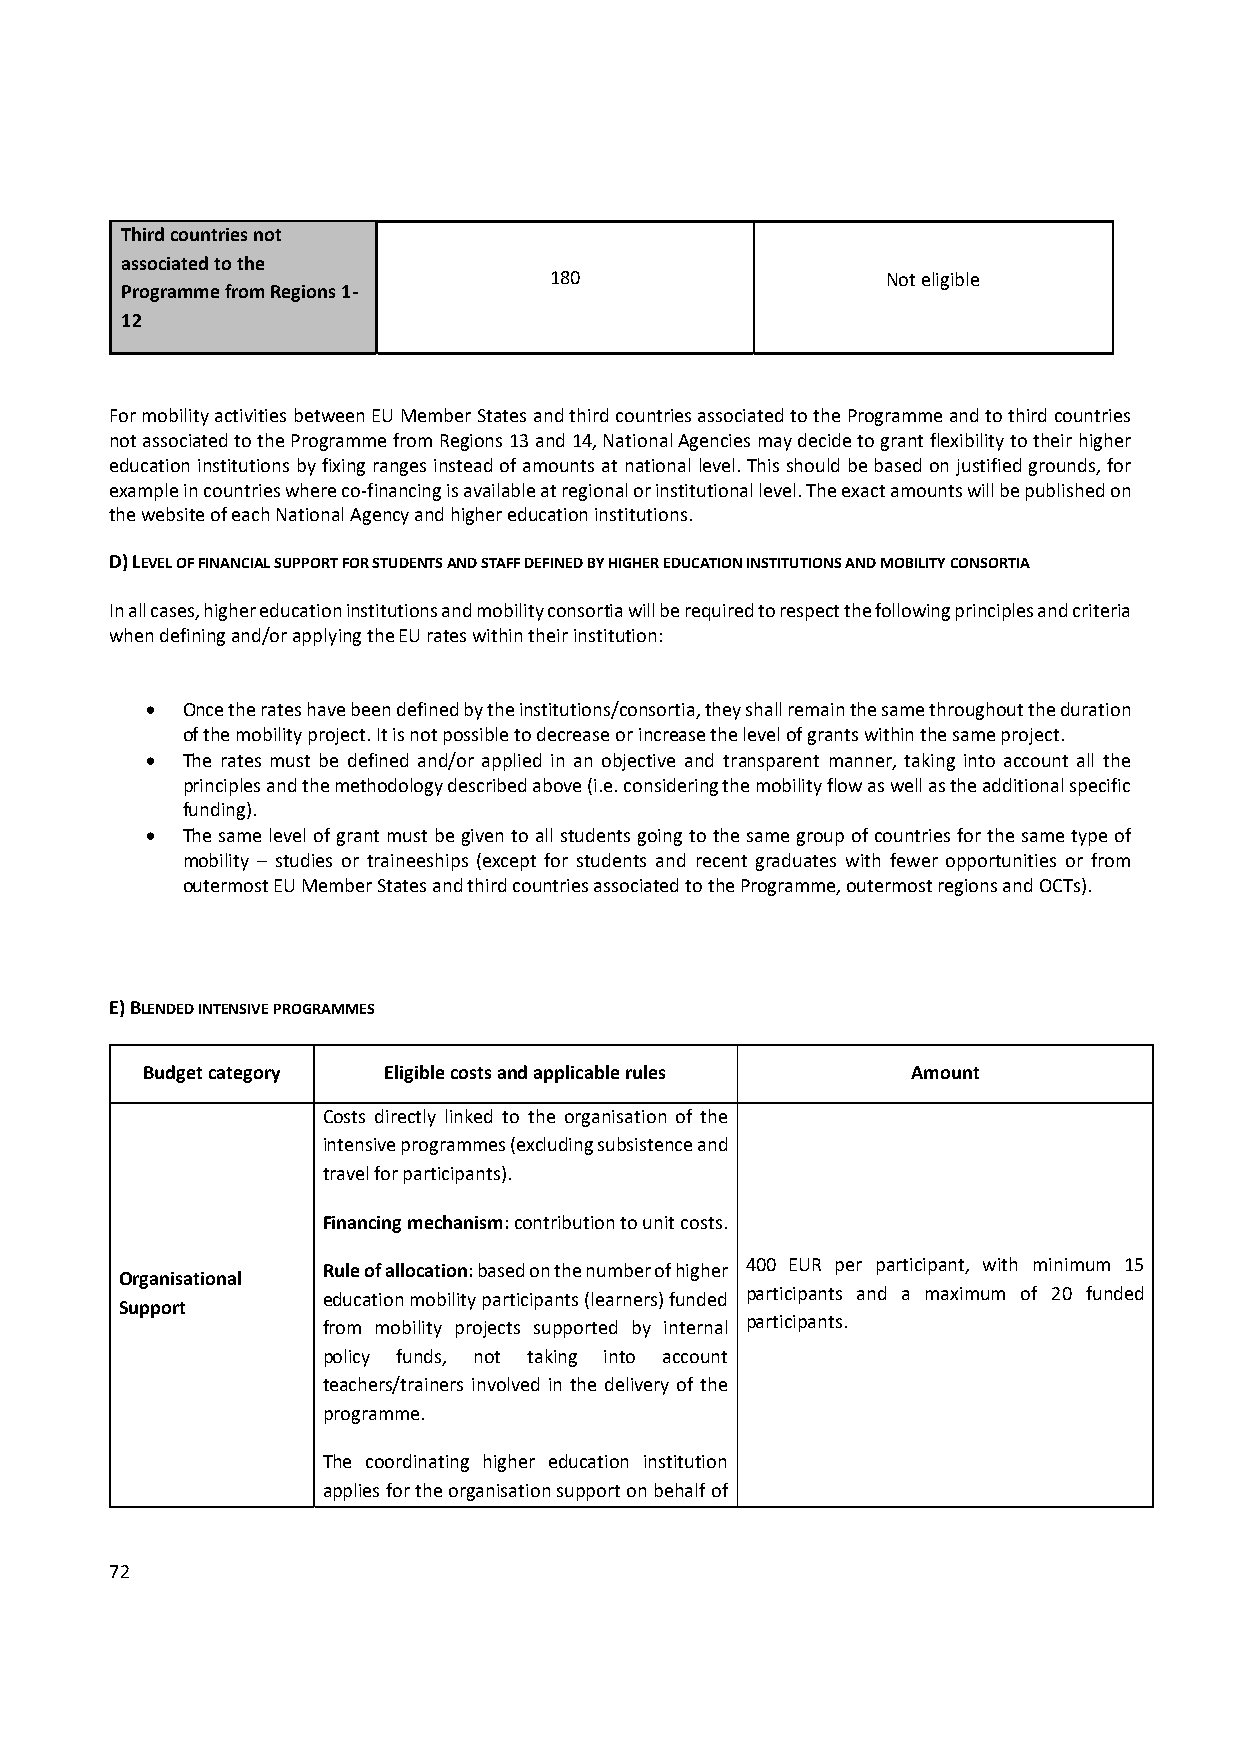
Third countries not
 associated to the
 180                    Not eligible
 Programme from Regions 1‐
 12
 For mobility activities between EU Member States and third countries associated to the Programme and to third countries
 not associated to the Programme from Regions 13 and 14, National Agencies may decide to grant flexibility to their higher
 education institutions by fixing ranges instead of amounts at national level. This should be based on justified grounds, for
 example in countries where co‐financing is available at regional or institutional level. The exact amounts will be published on
 the website of each National Agency and higher education institutions.
 D) LEVEL OF FINANCIAL SUPPORT FOR STUDENTS AND STAFF DEFINED BY HIGHER EDUCATION INSTITUTIONS AND MOBILITY CONSORTIA
 In all cases, higher education institutions and mobility consortia will be required to respect the following principles and criteria
 when defining and/or applying the EU rates within their institution:
  Once the rates have been defined by the institutions/consortia, they shall remain the same throughout the duration
 of the mobility project. It is not possible to decrease or increase the level of grants within the same project.
  The rates must be defined and/or applied in an objective and transparent manner, taking into account all the
 principles and the methodology described above (i.e. considering the mobility flow as well as the additional specific
 funding).
  The same level of grant must be given to all students going to the same group of countries for the same type of
 mobility – studies or traineeships (except for students and recent graduates with fewer opportunities or from
 outermost EU Member States and third countries associated to the Programme, outermost regions and OCTs).
 E) BLENDED INTENSIVE PROGRAMMES
 Budget category Eligible costs and applicable rules Amount
 Costs directly linked to the organisation of the
 intensive programmes (excluding subsistence and
 travel for participants).
 Financing mechanism: contribution to unit costs.
 Rule of allocation: based on the number of higher 400 EUR per participant, with minimum 15
 Organisational
 education mobility participants (learners) funded participants and a maximum of 20 funded
 Support
 from mobility projects supported by internal participants.
 policy funds, not taking into account
 teachers/trainers involved in the delivery of the
 programme.
 The coordinating higher education institution
 applies for the organisation support on behalf of
 72